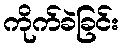
ကိုက်ခဲခြင်း